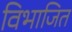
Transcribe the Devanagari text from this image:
विभाजित